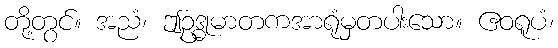
တို့တွင်။ အညံ၊ ဤဥဒ္ဓုမာတကအာရုံမှတပါးသော။ ဧဝရူပံ၊